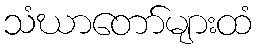
သံဃာတော်များထံ